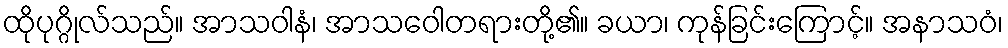
ထိုပုဂ္ဂိုလ်သည်။ အာသဝါနံ၊ အာသဝေါတရားတို့၏။ ခယာ၊ ကုန်ခြင်းကြောင့်။ အနာသဝံ၊